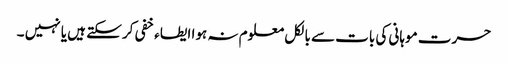
حسرت موہانی کی بات سے بالکل معلوم نہ ہوا ایطاء خفی کر سکتے ہیں یا نہیں ۔